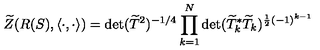
\widetilde { Z } ( R ( S ) , \langle \cdot , \cdot \rangle ) = \det ( \widetilde { T } ^ { 2 } ) ^ { - 1 / 4 } \prod _ { k = 1 } ^ { N } \det ( \widetilde { T } _ { k } ^ { * } \widetilde { T } _ { k } ) ^ { \frac { 1 } { 2 } ( - 1 ) ^ { k - 1 } }